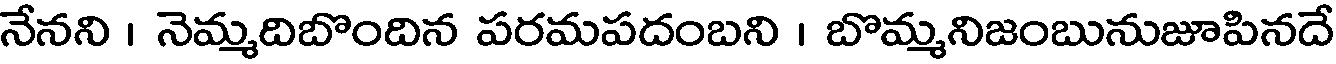
నేనని । నెమ్మదిబొందిన పరమపదంబని । బొమ్మనిజంబునుజూపినదే